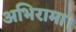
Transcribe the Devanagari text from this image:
अभिरामा।